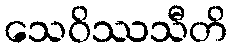
သေဝိဿသီတိ